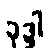
ခုဒ္ဒါ